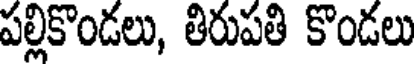
పల్లికొండలు, తిరుపతి కొండలు